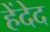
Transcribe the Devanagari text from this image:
हेंदेद